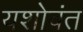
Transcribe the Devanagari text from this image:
यशोवंत